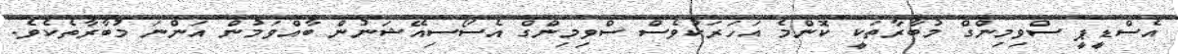
އެސްޑީޕީ ސްވިމިންގް މުބާރާތަކީ ކޮންމެ އަހަރަކުވެސް ސްވިމިންގް އެސޯސިއޭޝަނުން ބާއްވަމުން އަންނަ މުބާރާތެކެވެ.